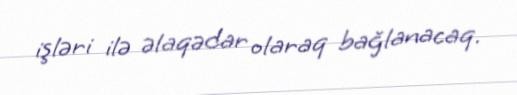
işləri ilə əlaqədar olaraq bağlanacaq.